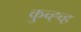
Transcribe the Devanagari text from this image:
कुच्ह्च्ह